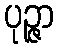
ပုဉ္ဇာ